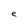
Character: e